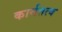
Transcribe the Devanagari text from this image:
कार्यतत्व